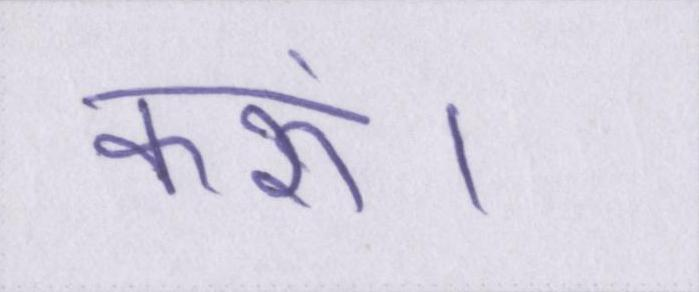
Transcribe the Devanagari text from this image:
करूं।